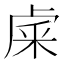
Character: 𥹐